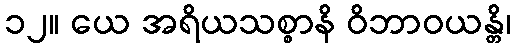
၁၂။ ယေ အရိယသစ္စာနိ ဝိဘာဝယန္တိ၊